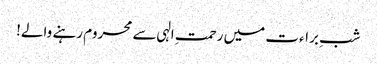
شبِ براءت میں رحمتِ الہی سے محروم رہنے والے!